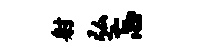
射弘忘